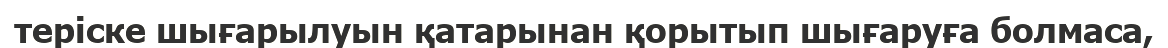
теріске шығарылуын қатарынан қорытып шығаруға болмаса,